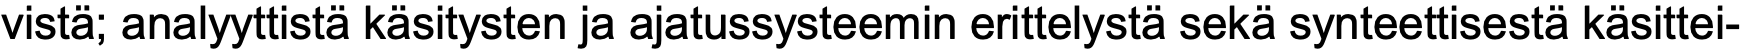
vistä; analyyttistä käsitysten ja ajatussysteemin erittelystä sekä synteettisestä käsittei-